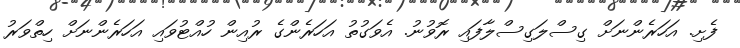
ފެށި. އަހަރެންނަށް ގިސްލަގިސްލާފައި ރޮވުނު. އެވަގުތު އަހަރެންގެ ރުއިން ހުއްޓުވައި އަހަރެންނަށް ހިތްވަރު